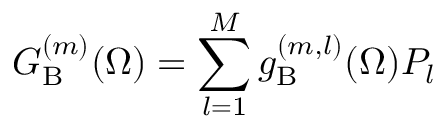
G _ { \mathrm { B } } ^ { ( m ) } ( \Omega ) = \sum _ { l = 1 } ^ { M } { g _ { \mathrm { B } } ^ { ( m , l ) } ( \Omega ) { P } _ { l } }